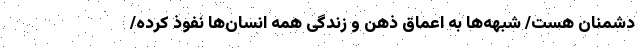
دشمنان هست/ شبهه‌ها به اعماق ذهن و زندگی همه انسان‌ها نفوذ کرده‌/